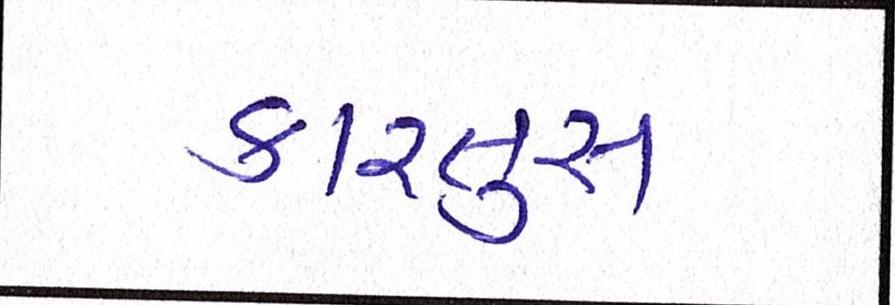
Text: કારતુસ